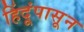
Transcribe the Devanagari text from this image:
हिंदूंपासून